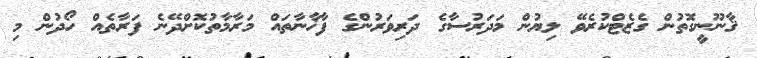
ޤާނޫނީގޮތުން ގެޒެޓްކުރެވޭ ލިޔުން މަދަރުސާގެ ދަރިވަރުންގެ ފާޚާނާތައް މަރާމާތުކޮށްދޭނެ ފަރާތެއް ހޯދުން މި